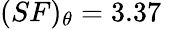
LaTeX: (SF)_{\theta}=3.37\